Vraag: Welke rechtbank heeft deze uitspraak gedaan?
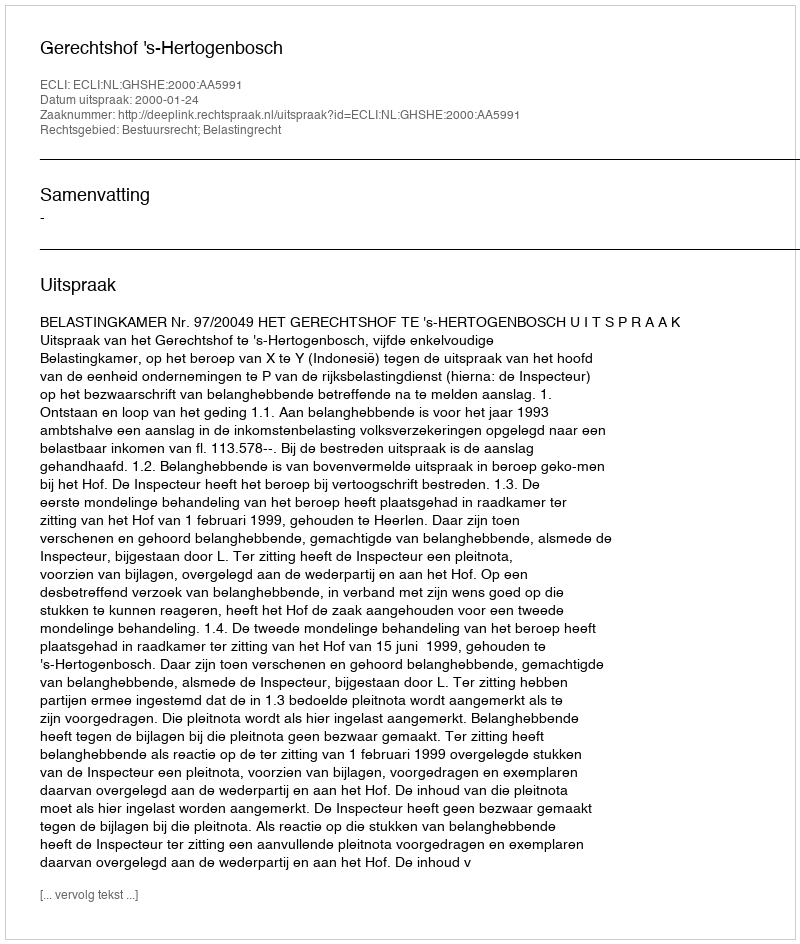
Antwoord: Gerechtshof 's-Hertogenbosch